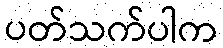
ပတ်သက်ပါက